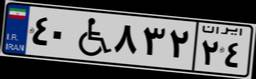
۴۹W۱۱۱۸۱